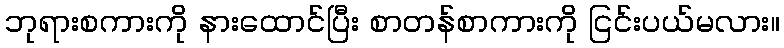
ဘုရားစကားကို နားထောင်ပြီး စာတန်စာကားကို ငြင်းပယ်မလား။